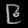
Digit: ၉